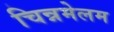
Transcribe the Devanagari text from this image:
चिन्नमेलम